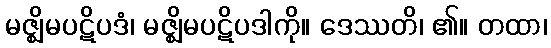
မဇ္ဈိမပဋိပဒံ၊ မဇ္ဈိမပဋိပဒါကို။ ဒေဿတိ၊ ၏။ တထာ၊